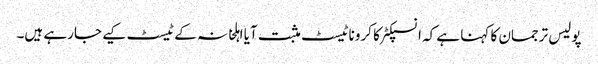
پولیس ترجمان کا کہنا ہے کہ انسپکٹر کا کروناٹیسٹ مثبت آیا اہلخانہ کے ٹیسٹ کیے جارہے ہیں۔